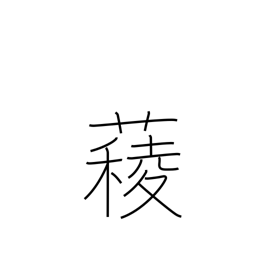
Meaning: spinach